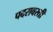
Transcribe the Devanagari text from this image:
पदरावरती